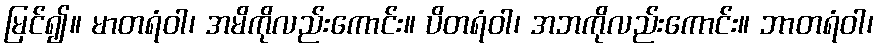
မြင်၍။ မာတရံဝါ၊ အမိကိုလည်းကောင်း။ ပိတရံဝါ၊ အဘကိုလည်းကောင်း။ ဘာတရံဝါ၊